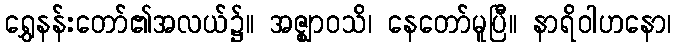
ရွှေနန်းတော်၏အလယ်၌။ အဇ္ဈာဝသိ၊ နေတော်မူပြီ။ နာရိဝါဟနော၊